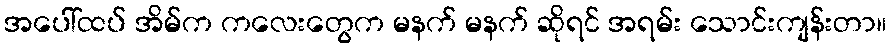
အပေါ်ထပ် အိမ်က ကလေးတွေက မနက် မနက် ဆိုရင် အရမ်း သောင်းကျန်းတာ။